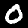
Label: 0